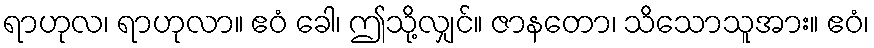
ရာဟုလ၊ ရာဟုလာ။ ဧဝံ ခေါ၊ ဤသို့လျှင်။ ဇာနတော၊ သိသောသူအား။ ဧဝံ၊